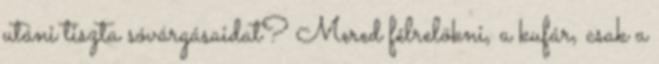
utáni tiszta sóvárgásaidat? Mered félrelökni, a kufár, csak a